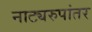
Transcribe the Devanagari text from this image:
नाट्यरुपांतर